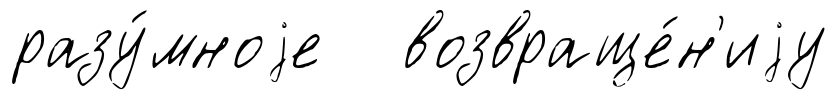
разу́мноjе возвраще́н'иjу